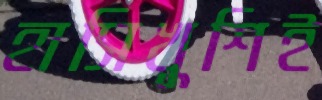
হাসিখুশিই